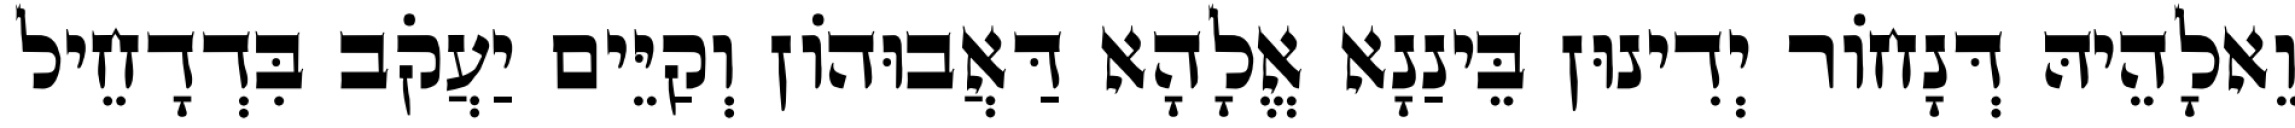
וֵאלָהֵיהּ דְּנָחוֹר יְדִינוּן בֵּינַנָא אֱלָהָא דַּאֲבוּהוֹן וְקַיֵּים יַעֲקֹב בִּדְדָחֵיל